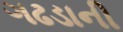
ગઢડાની